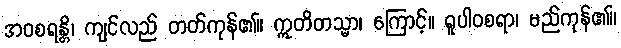
အဝစရန္တိ၊ ကျင်လည် တတ်ကုန်၏။ ဣတိတသ္မာ၊ ကြောင့်။ ရူပါဝစရာ၊ မည်ကုန်၏။